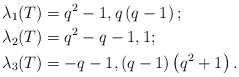
\begin{align*}\lambda_{1}(T) & =q^{2}-1,q\left(q-1\right) ;\\\lambda_{2}(T) & =q^{2}-q-1,1;\\\lambda_{3}(T) & =-q-1,\left( q-1\right)\left( q^{2}+1\right) .\end{align*}